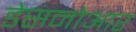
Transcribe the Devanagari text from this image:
डेसनोआर